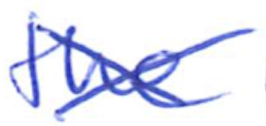
Text: the
Cross-out: cross
Writing tool: ballpoint